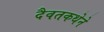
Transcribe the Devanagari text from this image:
दैवतकथेने